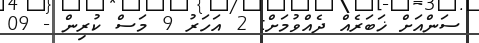
ސަންއަށް ޚަބަރެއް ދެއްވުމަށް: 2 އަހަރު 9 މަސް ކުރިން - 09